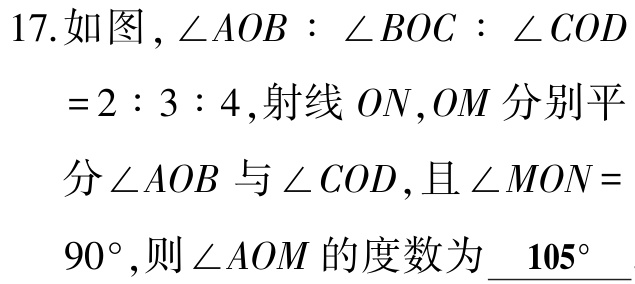
17.如图，\(\angle AOB:\angle BOC:\angle COD = 2:3:4\)，射线 \(ON,OM\) 分别平分\(\angle AOB\)与\(\angle COD\)，且\(\angle MON = 90^{\circ}\)，则\(\angle AOM\)的度数为\(\underline{105^{\circ}}\)